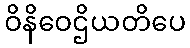
ဝိနိဝေဌိယတိပေ